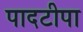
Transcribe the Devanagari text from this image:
पादटीपा